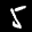
Label: 5